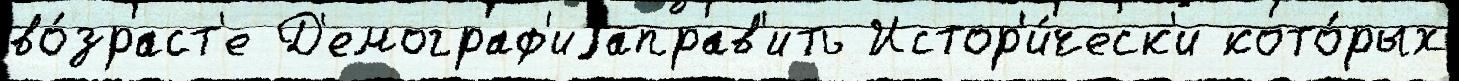
во́зраст'е Д'емограф'иjаправ'ить Истор'и́ческ'и кото́рых